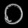
Digit: ၀